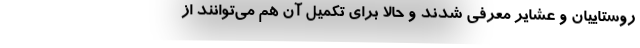
روستاییان و عشایر معرفی شدند و حالا برای تکمیل آن هم می‌توانند از